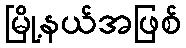
မြို့နယ်အဖြစ်